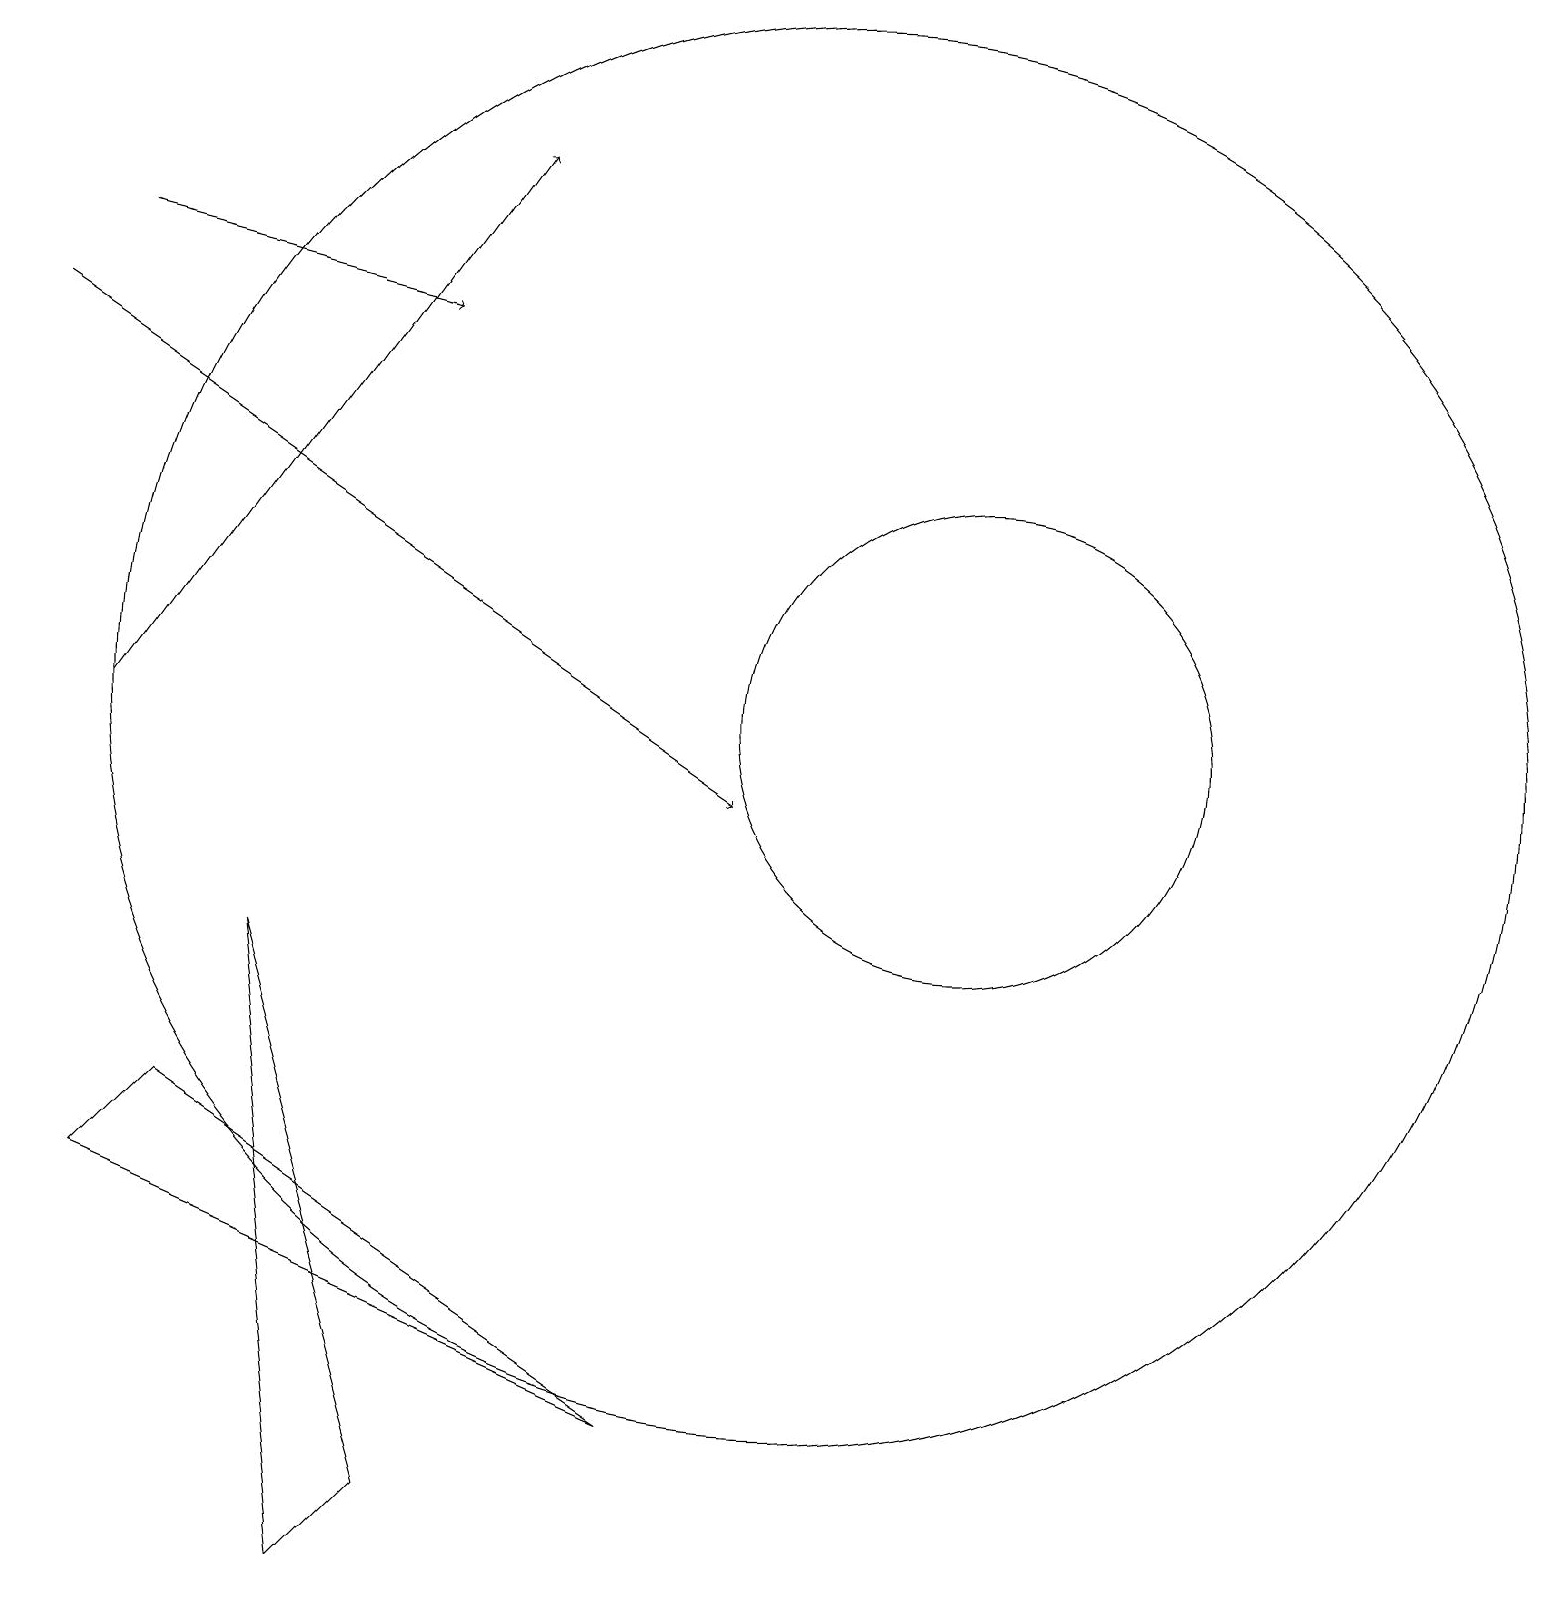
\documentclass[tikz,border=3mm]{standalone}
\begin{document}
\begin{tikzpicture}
\draw (12,11) circle (3);
\draw (3,8) -- (5,1) -- (4,0) -- cycle;
\draw (8,2) -- (2,6) -- (1,5) -- cycle;
\draw[->] (0,16) -- (9,10);
\draw[->] (1,11) -- (6,18);
\draw[->] (1,17) -- (5,16);
\draw (10,11) circle (9);
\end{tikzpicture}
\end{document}